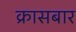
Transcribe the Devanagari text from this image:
क्रासबार